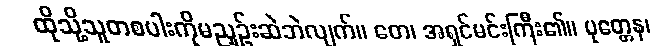
ထိုသို့သူတစပါးကိုမညှဉ်းဆဲဘဲလျက်။ တေ၊ အရှင်မင်းကြီး၏။ ပုတ္တေန၊